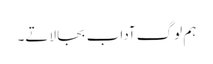
ہم لوگ آداب بجا لاتے۔